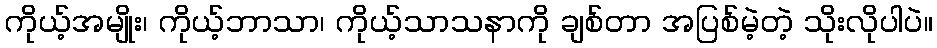
ကိုယ့်အမျိုး၊ ကိုယ့်ဘာသာ၊ ကိုယ့်သာသနာကို ချစ်တာ အပြစ်မဲ့တဲ့ သိုးလိုပါပဲ။